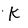
Character: K